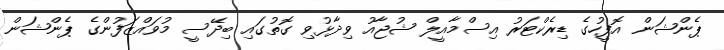
ޕެންޝަން އޮފީހުގެ ޑިރެކްޓަރު އިސްމާއީލް ޝުޖާއު ވިދާޅުވި ގޮތުގައި ބިދޭސީ މުވައްޒަފުންގެ ޕެންޝަން